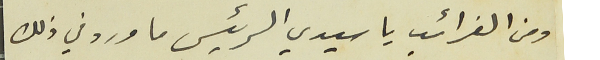
ومن الغرائب يا سيدي الرئيس ما ورد في ذلك